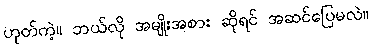
ဟုတ်ကဲ့။ ဘယ်လို အမျိုးအစား ဆိုရင် အဆင်ပြေမလဲ။